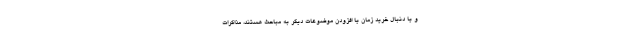
و یا دنبال خرید زمان یا افزودن موضوعات دیگر به مباحث هستند، مذاکرات